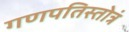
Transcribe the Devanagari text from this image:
गणपतिस्तोत्रं